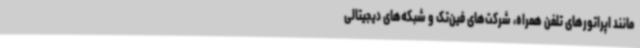
مانند اپراتورهای تلفن همراه، شرکت‌های فین‌تک و شبکه‌های دیجیتالی